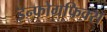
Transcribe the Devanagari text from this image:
इन्फोग्रफिक्स